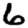
Digit: 6